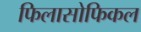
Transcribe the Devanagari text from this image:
फिलासोफिकल